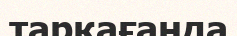
тарқағанда